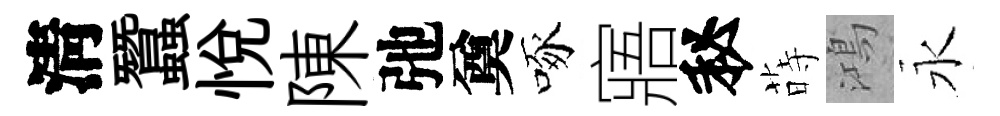
淸蠶悦陳弛奠啄寤秘蒔鴻永